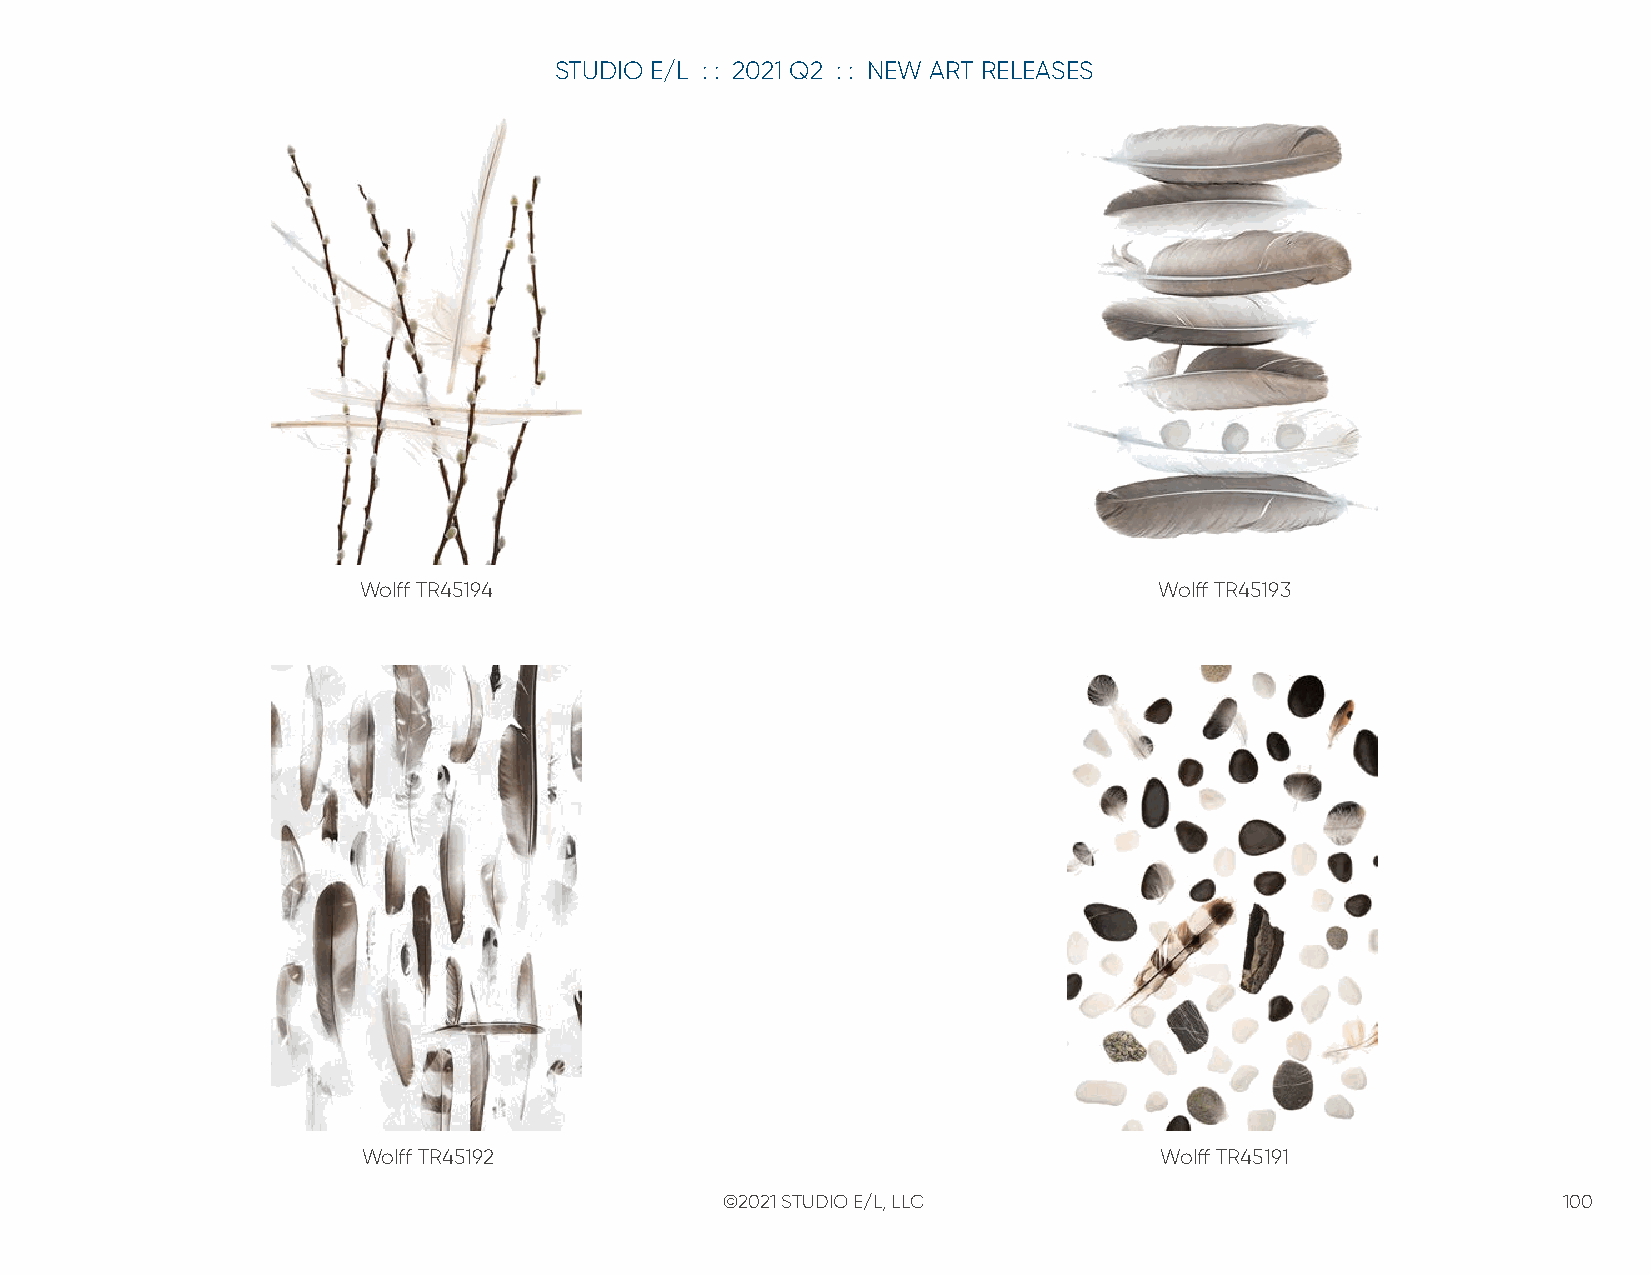
STUDIO E/L : : 2021 Q2 : : NEW ART RELEASES
 Wolff TR45194                                        Wolff TR45193
 Wolff TR45192                                        Wolff TR45191
 ©2021 STUDIO E/L, LLC                                  100